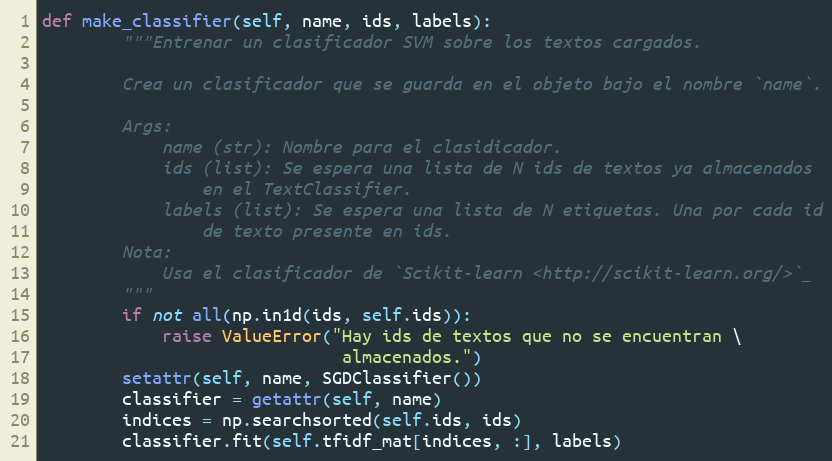
Language: Python
def make_classifier(self, name, ids, labels):
        """Entrenar un clasificador SVM sobre los textos cargados.

        Crea un clasificador que se guarda en el objeto bajo el nombre `name`.

        Args:
            name (str): Nombre para el clasidicador.
            ids (list): Se espera una lista de N ids de textos ya almacenados
                en el TextClassifier.
            labels (list): Se espera una lista de N etiquetas. Una por cada id
                de texto presente en ids.
        Nota:
            Usa el clasificador de `Scikit-learn <http://scikit-learn.org/>`_
        """
        if not all(np.in1d(ids, self.ids)):
            raise ValueError("Hay ids de textos que no se encuentran \
                              almacenados.")
        setattr(self, name, SGDClassifier())
        classifier = getattr(self, name)
        indices = np.searchsorted(self.ids, ids)
        classifier.fit(self.tfidf_mat[indices, :], labels)